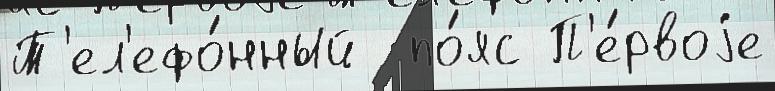
Т'ел'ефо́нный  по́яс П'е́рвоjе